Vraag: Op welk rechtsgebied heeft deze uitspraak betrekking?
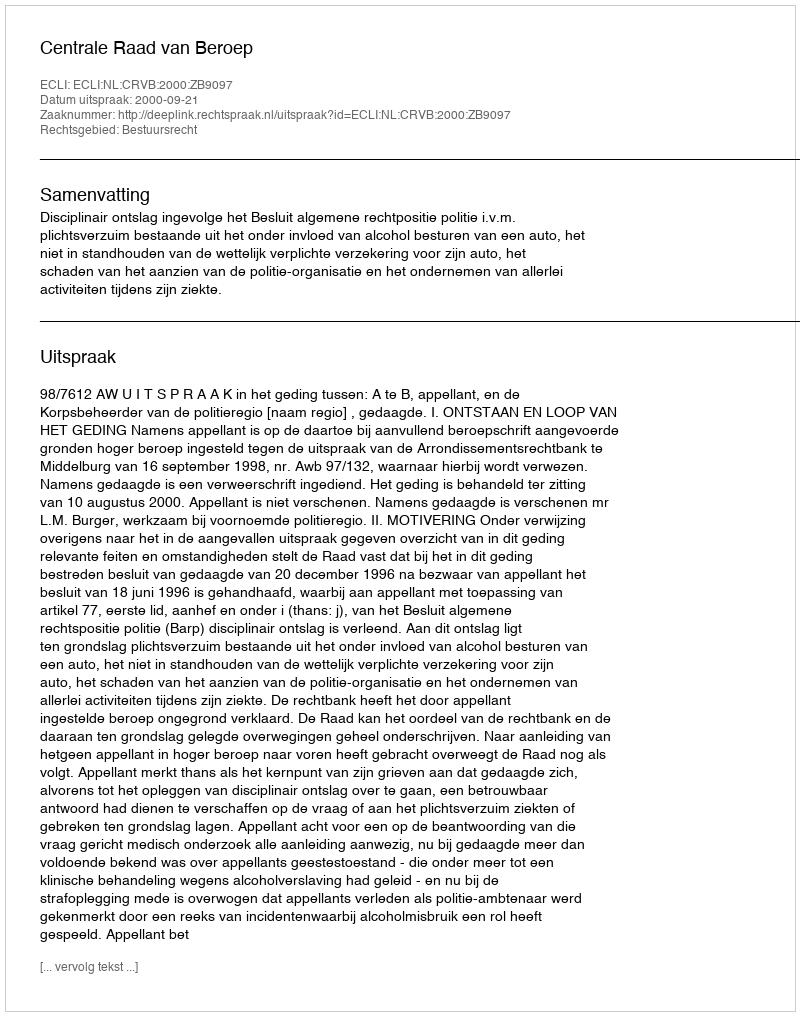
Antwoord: Bestuursrecht